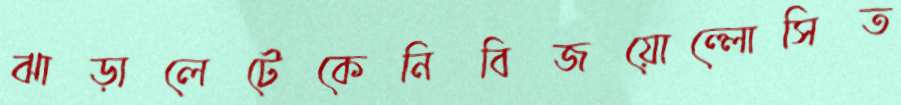
ঝাড়ালেটেকেনিবিজয়োল্লোসিত